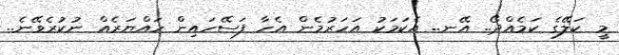
މީ ކަލޭގެ ކަމެއްދޯ.. އޭނ.. އެކަމަކު އަހަރުމެން އެހާ ފަސޭހައިން ހައްޔަރެއް ނުކުރެވޭނެ..